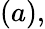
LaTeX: (a),